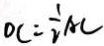
O C = \frac { 1 } { 2 } A C